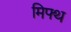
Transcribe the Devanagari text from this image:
मिफ्थ